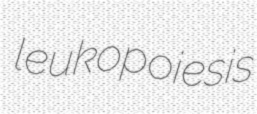
leukopoiesis